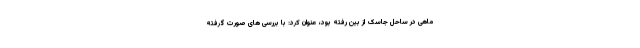
ماهی در ساحل جاسک از بین رفته بود، عنوان کرد: با بررسی های صورت گرفته